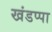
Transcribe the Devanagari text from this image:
खंडप्पा